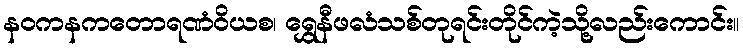
နဝကနကတောရဏံဝိယစ၊ ရွှေနီဖလံသစ်တုရင်းတိုင်ကဲ့သို့လည်းကောင်း။